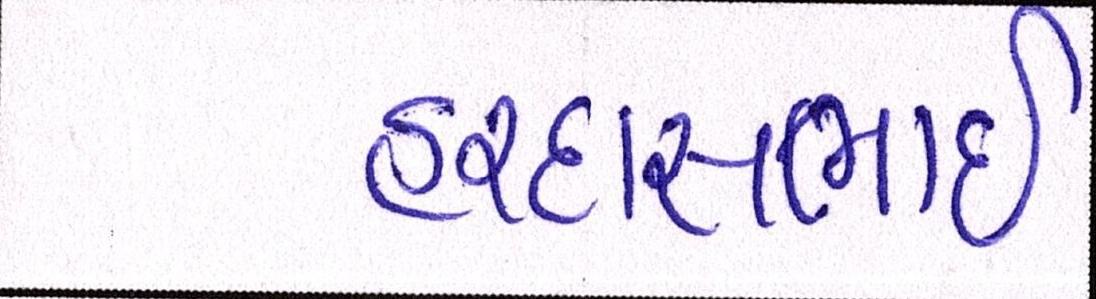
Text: હરદાસભાઇ